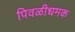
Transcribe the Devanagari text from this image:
पिवळीधमक